Vaccination in Bombay 1889-1901 - 1889-1901
Year: 1889
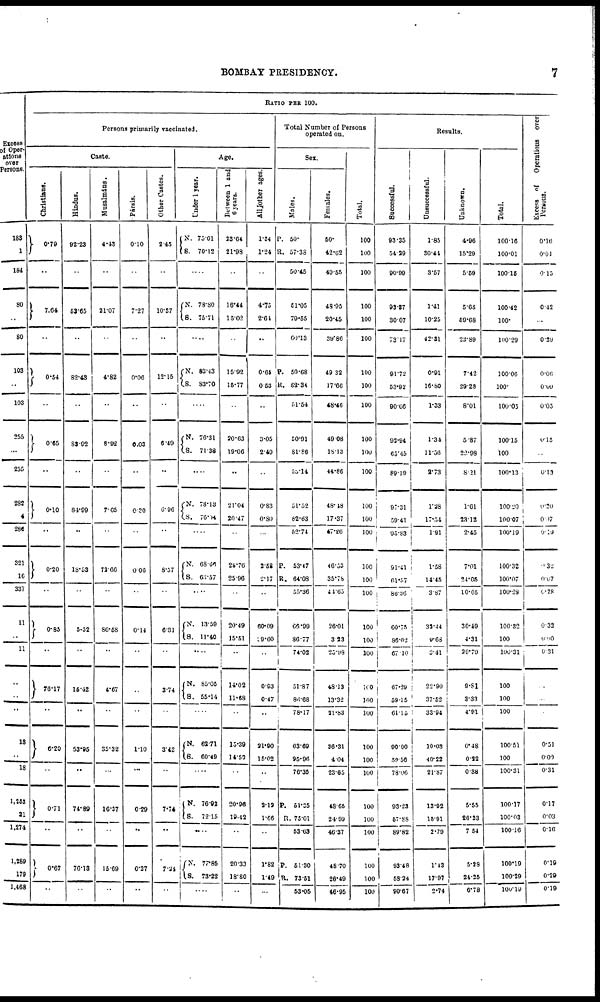
BOMBAY PRESIDENCY.
7
Excess
of Oper-
ations
over
Persons.
183
1
184
80
..
80
103
..
103
255
...
255
282
4
286
321
16
337
11
..
11
..
..
..
18
..
18
1,253
21
1,274
1,289
179
1,468
RATIO PER 100.
Persons primarily vaccinated.
Caste.
Christians.
0.79
..
7.64
..
0.54
..
0.65
..
0.10
..
0.20
..
0.85
..
76.17
..
6.20
..
0.71
..
0.67
..
Hindus.
92.23
..
63.65
..
82.43
..
83.92
..
84.99
..
18.53
..
5.52
..
15.42
..
53.95
..
74.89
..
76.13
..
Musalmáns.
4.43
..
21.07
..
4.82
..
8.92
..
7.65
..
72.66
..
86.58
..
4.67
..
35.32
..
16.37
..
15.69
..
Pársis.
0.10
..
7.27
..
0.06
..
0.03
..
0.30
..
0.06
..
0.14
..
..
..
1.10
...
0.29
..
0.27
..
Other Castes.
2.45
..
10.37
..
12.15
..
0.49
..
6.96
..
8.57
..
631
..
3.74
..
343
..
7.74
..
7.24
..
Age.
Under 1 year.
N.
S.
75.01
70.12
..
N.
S.
78.80
75.71
..
N.
S.
83.43
83.70
..
N.
S.
76.31
71.38
....
N.
S.
78.13
76.04
....
N.
S.
68.66
63.57
....
N.
S.
13.59
11.40
....
N.
S.
85.05
55.14
....
N.
S.
62.71
60.49
....
N.
S.
76.92
72.15
....
N.
S.
77.85
73.22
....
Between 1 and
6 years.
23.64
21.98
..
16.44
15.02
..
15.92
15.77
..
20.63
19.06
..
21.04
20.47
..
28.76
25.96
..
20.49
15.51
..
14.02
11.68
..
15.39
14.53
..
20.96
10.42
..
20.33
18.80
..
All other ages.
1.34
1.24
..
4.75
2.61
..
0.65
0.53
..
3.05
2.49
..
0.83
0.80
..
2.58
2.17
..
60.09
09.60
..
0.93
0.47
..
21.90
15.02
..
2.12
1.66
..
1.82
1.49
..
Total Number of Persons
operated on.
Sex.
Mal es .
P.
R.
50.
57.38
50.45
51.05
79.55
60.13
P.
R.
50.68
82.34
51.54
50.91
81.86
50.14
51.52
82.63
52.74
P.
R.
53.47
64.08
55.36
66.99
86.77
74.02
51.87
86.68
78.17
63.69
95.96
76.35
P.
R.
51.35
75.01
53.63
P.
R.
51.30
73.51
63.05
Females.
50.
42.62
49.55
48.95
20.45
39.86
49.32
17.66
48.46
49.08
18.13
44.86
48.18
17.37
47.26
46.53
35.78
44.65
26.01
3.23
25.98
48.13
13.32
21.83
36.31
4.04
23.65
48.65
24.99
46.37
48.70
26.49
46.95
Total.
100
100
100
100
100
100
100
100
100
100
100
100
100
100
100
100
100
100
100
100
100
100
100
100
100
100
100
100
100
100
100
100
100
Results.
Successful.
93.35
54.29
90.99
93.87
30.07
73.17
91.72
53.92
90.66
92.94
65.45
89.19
97.31
59.41
95.83
91.41
61.57
86.36
60.75
86.02
67.10
67.29
59.15
61.15
90.00
59.56
78.06
93.23
57.88
89.82
93.48
58.24
90.67
Unsuccessful.
1.85
30.44
3.57
1.41
10.25
42.31
0.91
16.80
1.33
1.34
11.56
2.73
1.28
17.54
1.91
1.58
14.45
3.87
32.44
9.68
3.41
22.90
37.52
33.94
10.03
40.22
21.87
13.92
15.91
2.79
1.43
17.97
2.74
Unknown.
4.96
15.29
5.59
5.65
59.68
22.89
7.42
29.28
8.01
5.87
22.98
8.21
1.61
23.12
2.45
7.01
24.05
10.05
30.49
4.31
29.79
9.81
3.33
4.91
0.48
0.22
0.38
5.55
26.23
7.54
5.28
24.25
6.78
Total.
100.16
100.01
100.15
100.42
100.
100.29
100.06
100.
100.05
100.15
100
100.13
100.20
100.07
100.19
100.32
100.07
100.28
100.32
100
100.31
100
100
100
100.51
100
100.31
100.17
100.03
100.16
100.19
100.29
100.19
Excess of
Operations over
Persons.
0.16
0.01
0.15
0.42
..
0.39
0.06
0.00
0.5
0.15
..
0.13
0.20
0.07
9.19
0.32
0.07
6.28
0.32
0.00
0.31
..
...
..
0.51
0.00
0.31
0.17
0.03
0.16
0.19
0.29
0.19